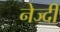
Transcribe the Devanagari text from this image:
नेज्दी